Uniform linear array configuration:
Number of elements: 4
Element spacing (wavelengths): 0.5
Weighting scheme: kaiser
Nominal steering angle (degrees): -45
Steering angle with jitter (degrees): -43.987
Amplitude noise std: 0.05
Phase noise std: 0.05

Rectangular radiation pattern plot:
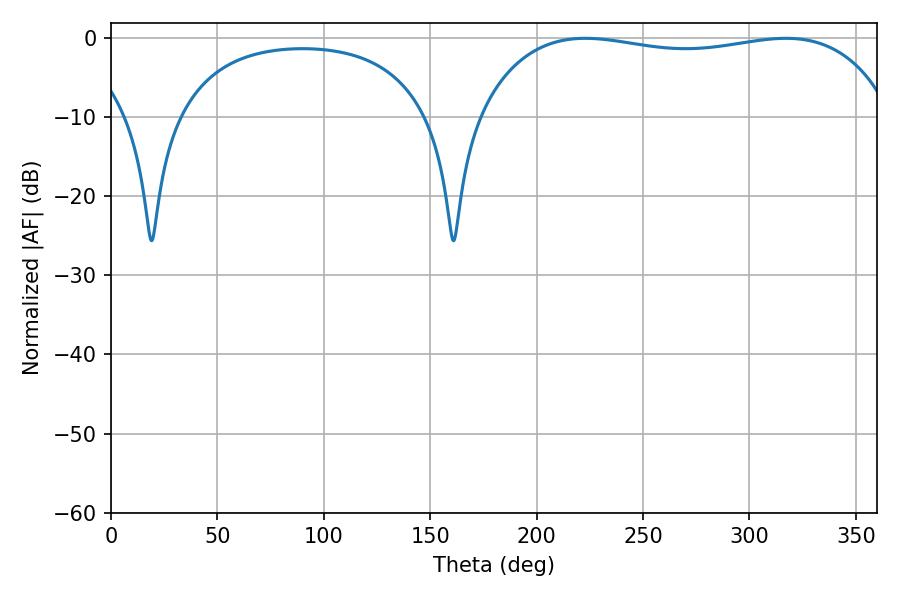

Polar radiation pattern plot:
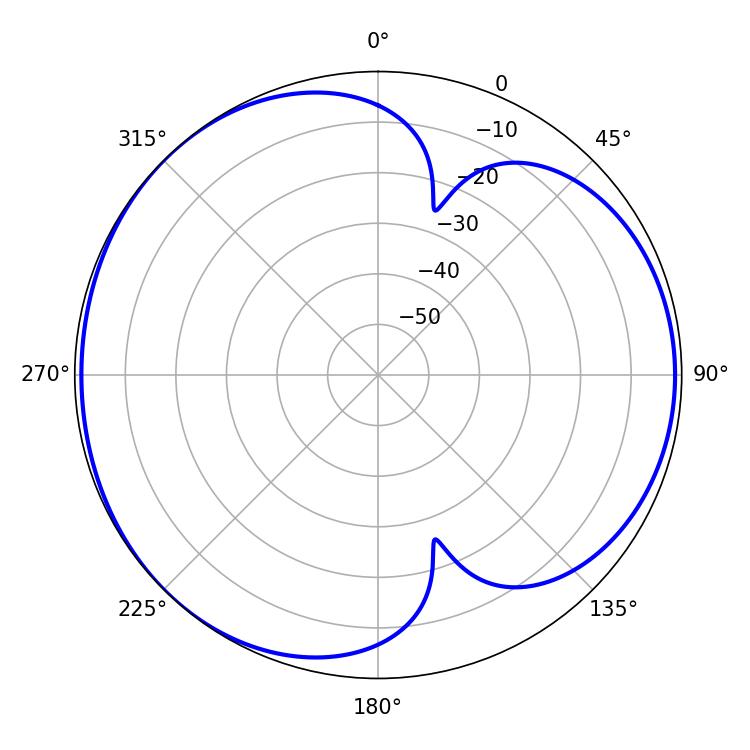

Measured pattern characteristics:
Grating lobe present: FALSE
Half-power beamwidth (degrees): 156.6
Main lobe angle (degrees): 222.84